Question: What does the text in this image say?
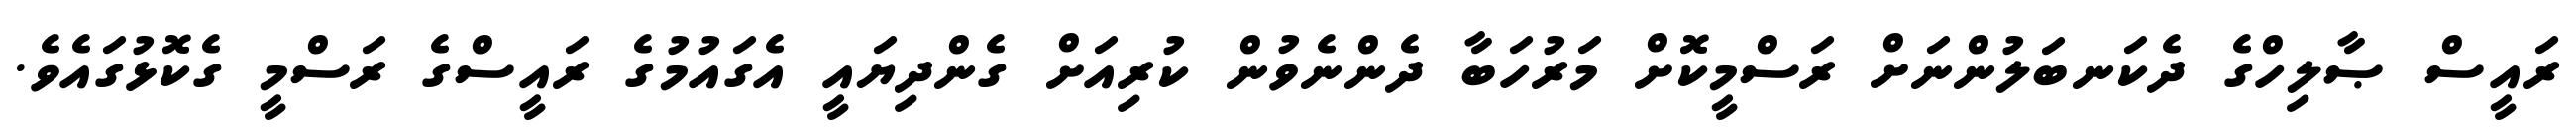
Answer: ރައީސް ޞާލިހްގެ ދެކަނބަލުންނަށް ރަސްމީކޮށް މަރުހަބާ ދެންނެވުން ކުރިއަށް ގެންދިޔައީ އެގައުމުގެ ރައީސްގެ ރަސްމީ ގެކޮޅުގައެވެ.